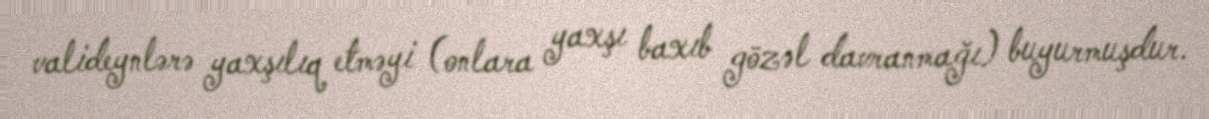
valideynlərə yaxşılıq etməyi (onlara yaxşı baxıb gözəl davranmağı) buyurmuşdur.